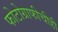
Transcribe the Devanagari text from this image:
फोटोग्राफीचीही